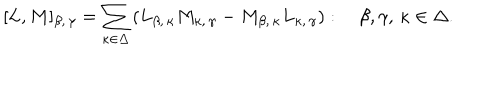
LaTeX: [ L , M ] _ { \beta , \, \gamma } = \sum _ { \kappa \in \Delta } \left( L _ { \beta , \, \kappa } M _ { \kappa , \, \gamma } - M _ { \beta , \, \kappa } L _ { \kappa , \, \gamma } \right) : \quad \beta , \gamma , \, \kappa \in \Delta .